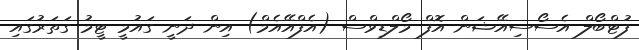
ފުޓްބޯލް އެސޯސިއޭޝަން އޮފް މޯލްޑިވްސް (އެފްއޭއެމް) އިން ދަނީ ގައުމީ ޓީމު ގަތަރުގައި